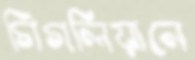
গিগলিয়ানে